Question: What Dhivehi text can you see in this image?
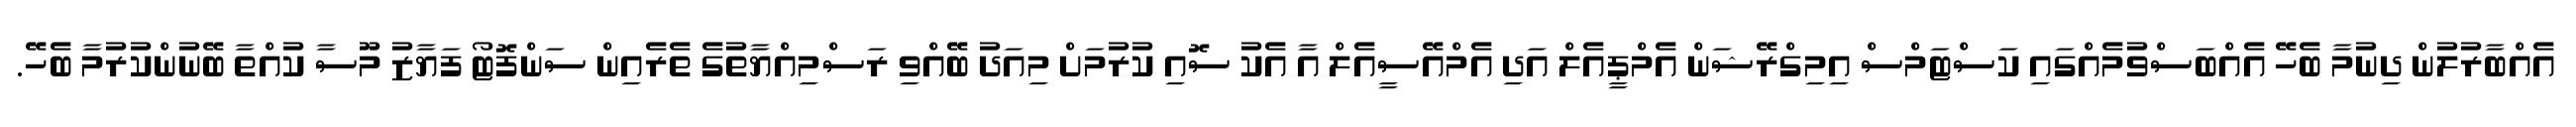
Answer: އެއްބާރުލުން ދިނުމާ ބެހޭ އެއްބަސްވުމެއްގައި ކަސްޓަމްސް އިމިގްރޭޝަން އެމްޕީއެލް އަދި އެމްއޭސީއެލް އާ އެކު ސޮއި ކުރުމަށް މިއަދު ބޭއްވި ރަސްމިއްޔާތުގެ ތެރެއިން ސަންފޮޓޯ ފަޔާޒު މޫސާ ކުއްތާ ބޭނުންކުރުމާ ބެހޭ.